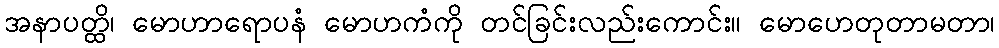
အနာပတ္ထိ၊ မောဟာရောပနံ မောဟကံကို တင်ခြင်းလည်းကောင်း။ မောဟေတုတာမတာ၊